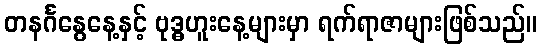
တနင်္ဂနွေနေ့နှင့် ဗုဒ္ဓဟူးနေ့များမှာ ရက်ရာဇာများဖြစ်သည်။